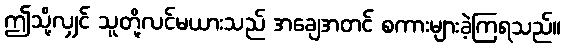
ဤသို့လျှင် သူတို့လင်မယားသည် အချေအတင် စကားများခဲ့ကြရသည်။